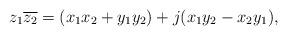
LaTeX: \begin{align*}z_1\overline{z_2}=(x_1x_2+y_1y_2)+j(x_1y_2-x_2y_1),\end{align*}